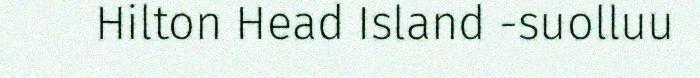
Hilton Head Island -suolluu